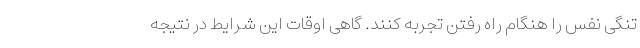
تنگی نفس را هنگام راه رفتن تجربه کنند. گاهی اوقات این شرایط در نتیجه